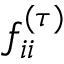
f _ { i i } ^ { ( \tau ) }